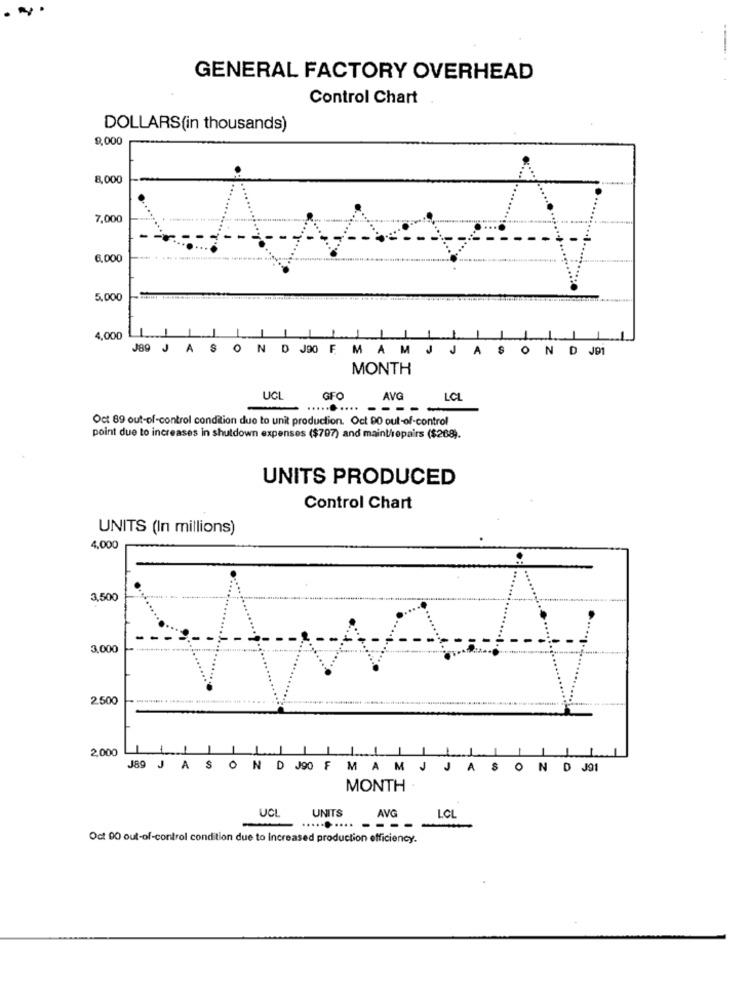
GENERAL FACTORY OVERHEAD
Control Chart
DOLLARS(in thousands)
9,000
8,000
7,000
6,000
5,000
4,000
J89 J A S O N D J90 F M A M
A SON DJD
MONTH
UCI
GF
AVG
LCL
- --
Oct 89 out-of-control condition due to unit production. Oct 90 out-of-control
point due to increases in shutdown expenses ($707) and maint/repairs ($268).
UNITS PRODUCED
Control Chart
UNITS (In millions)
4,000
3,500
3,000
2.500
2,000
J89 J A S O N D J90 F M A M
JASON DJ91
MONTH -
UCL
UNITS
AVG
LOL
......... ----
Oct 90 out-of-control condition due to Increased production efficiency.